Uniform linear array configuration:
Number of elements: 8
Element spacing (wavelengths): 1
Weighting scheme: hamming
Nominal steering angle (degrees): -15
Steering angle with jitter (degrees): -14.568
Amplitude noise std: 0.05
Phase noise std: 0.05

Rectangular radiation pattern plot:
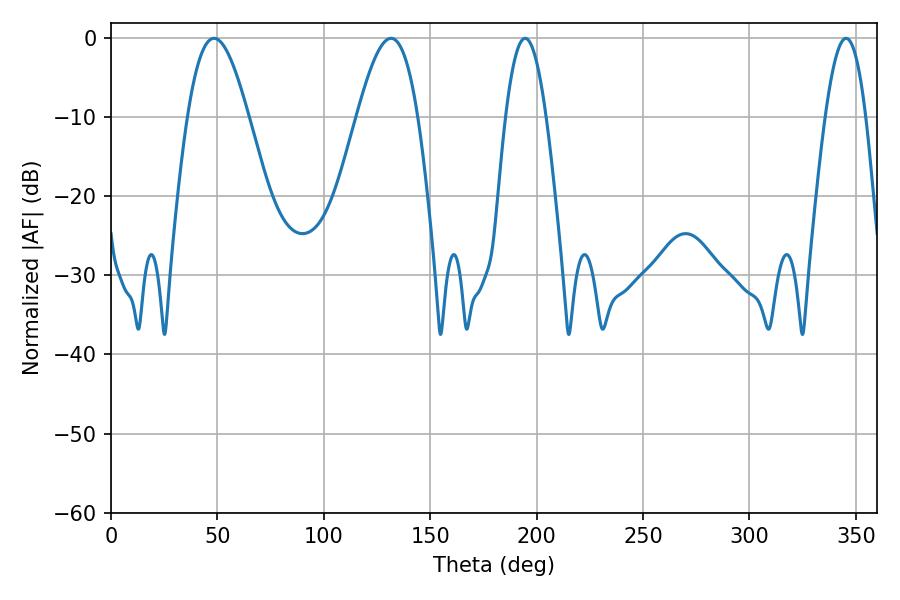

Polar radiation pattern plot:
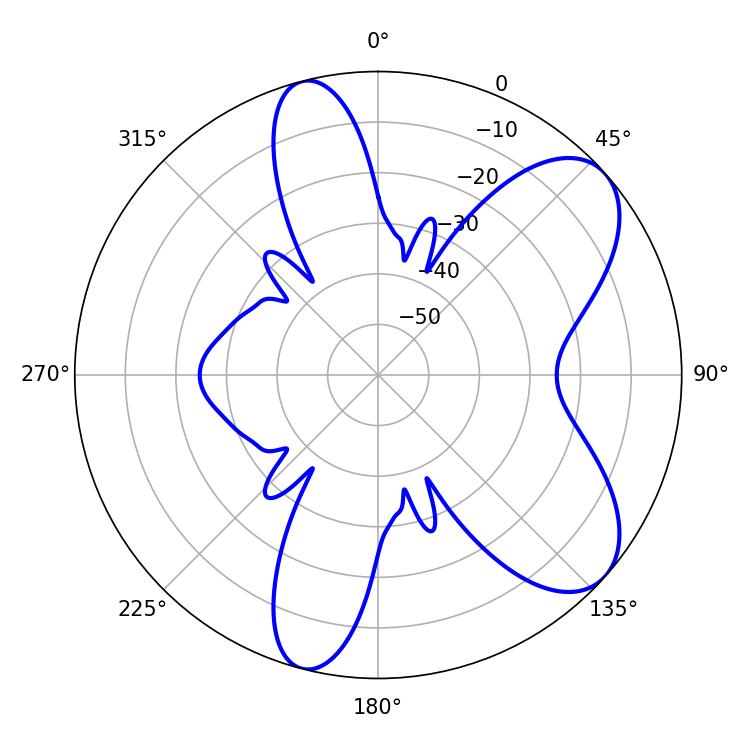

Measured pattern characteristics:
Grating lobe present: TRUE
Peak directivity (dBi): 7.617
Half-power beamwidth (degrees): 15.48
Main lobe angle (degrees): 48.42